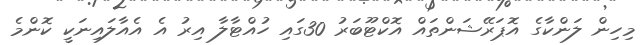
މިހިން ލަންކާގެ އޮޕަރޭޝަންތައް އޮކްޓޫބަރު 30ގައި ހުއްޓާލާ އިރު އެ އެއާލައިނަކީ ކޮންމެ